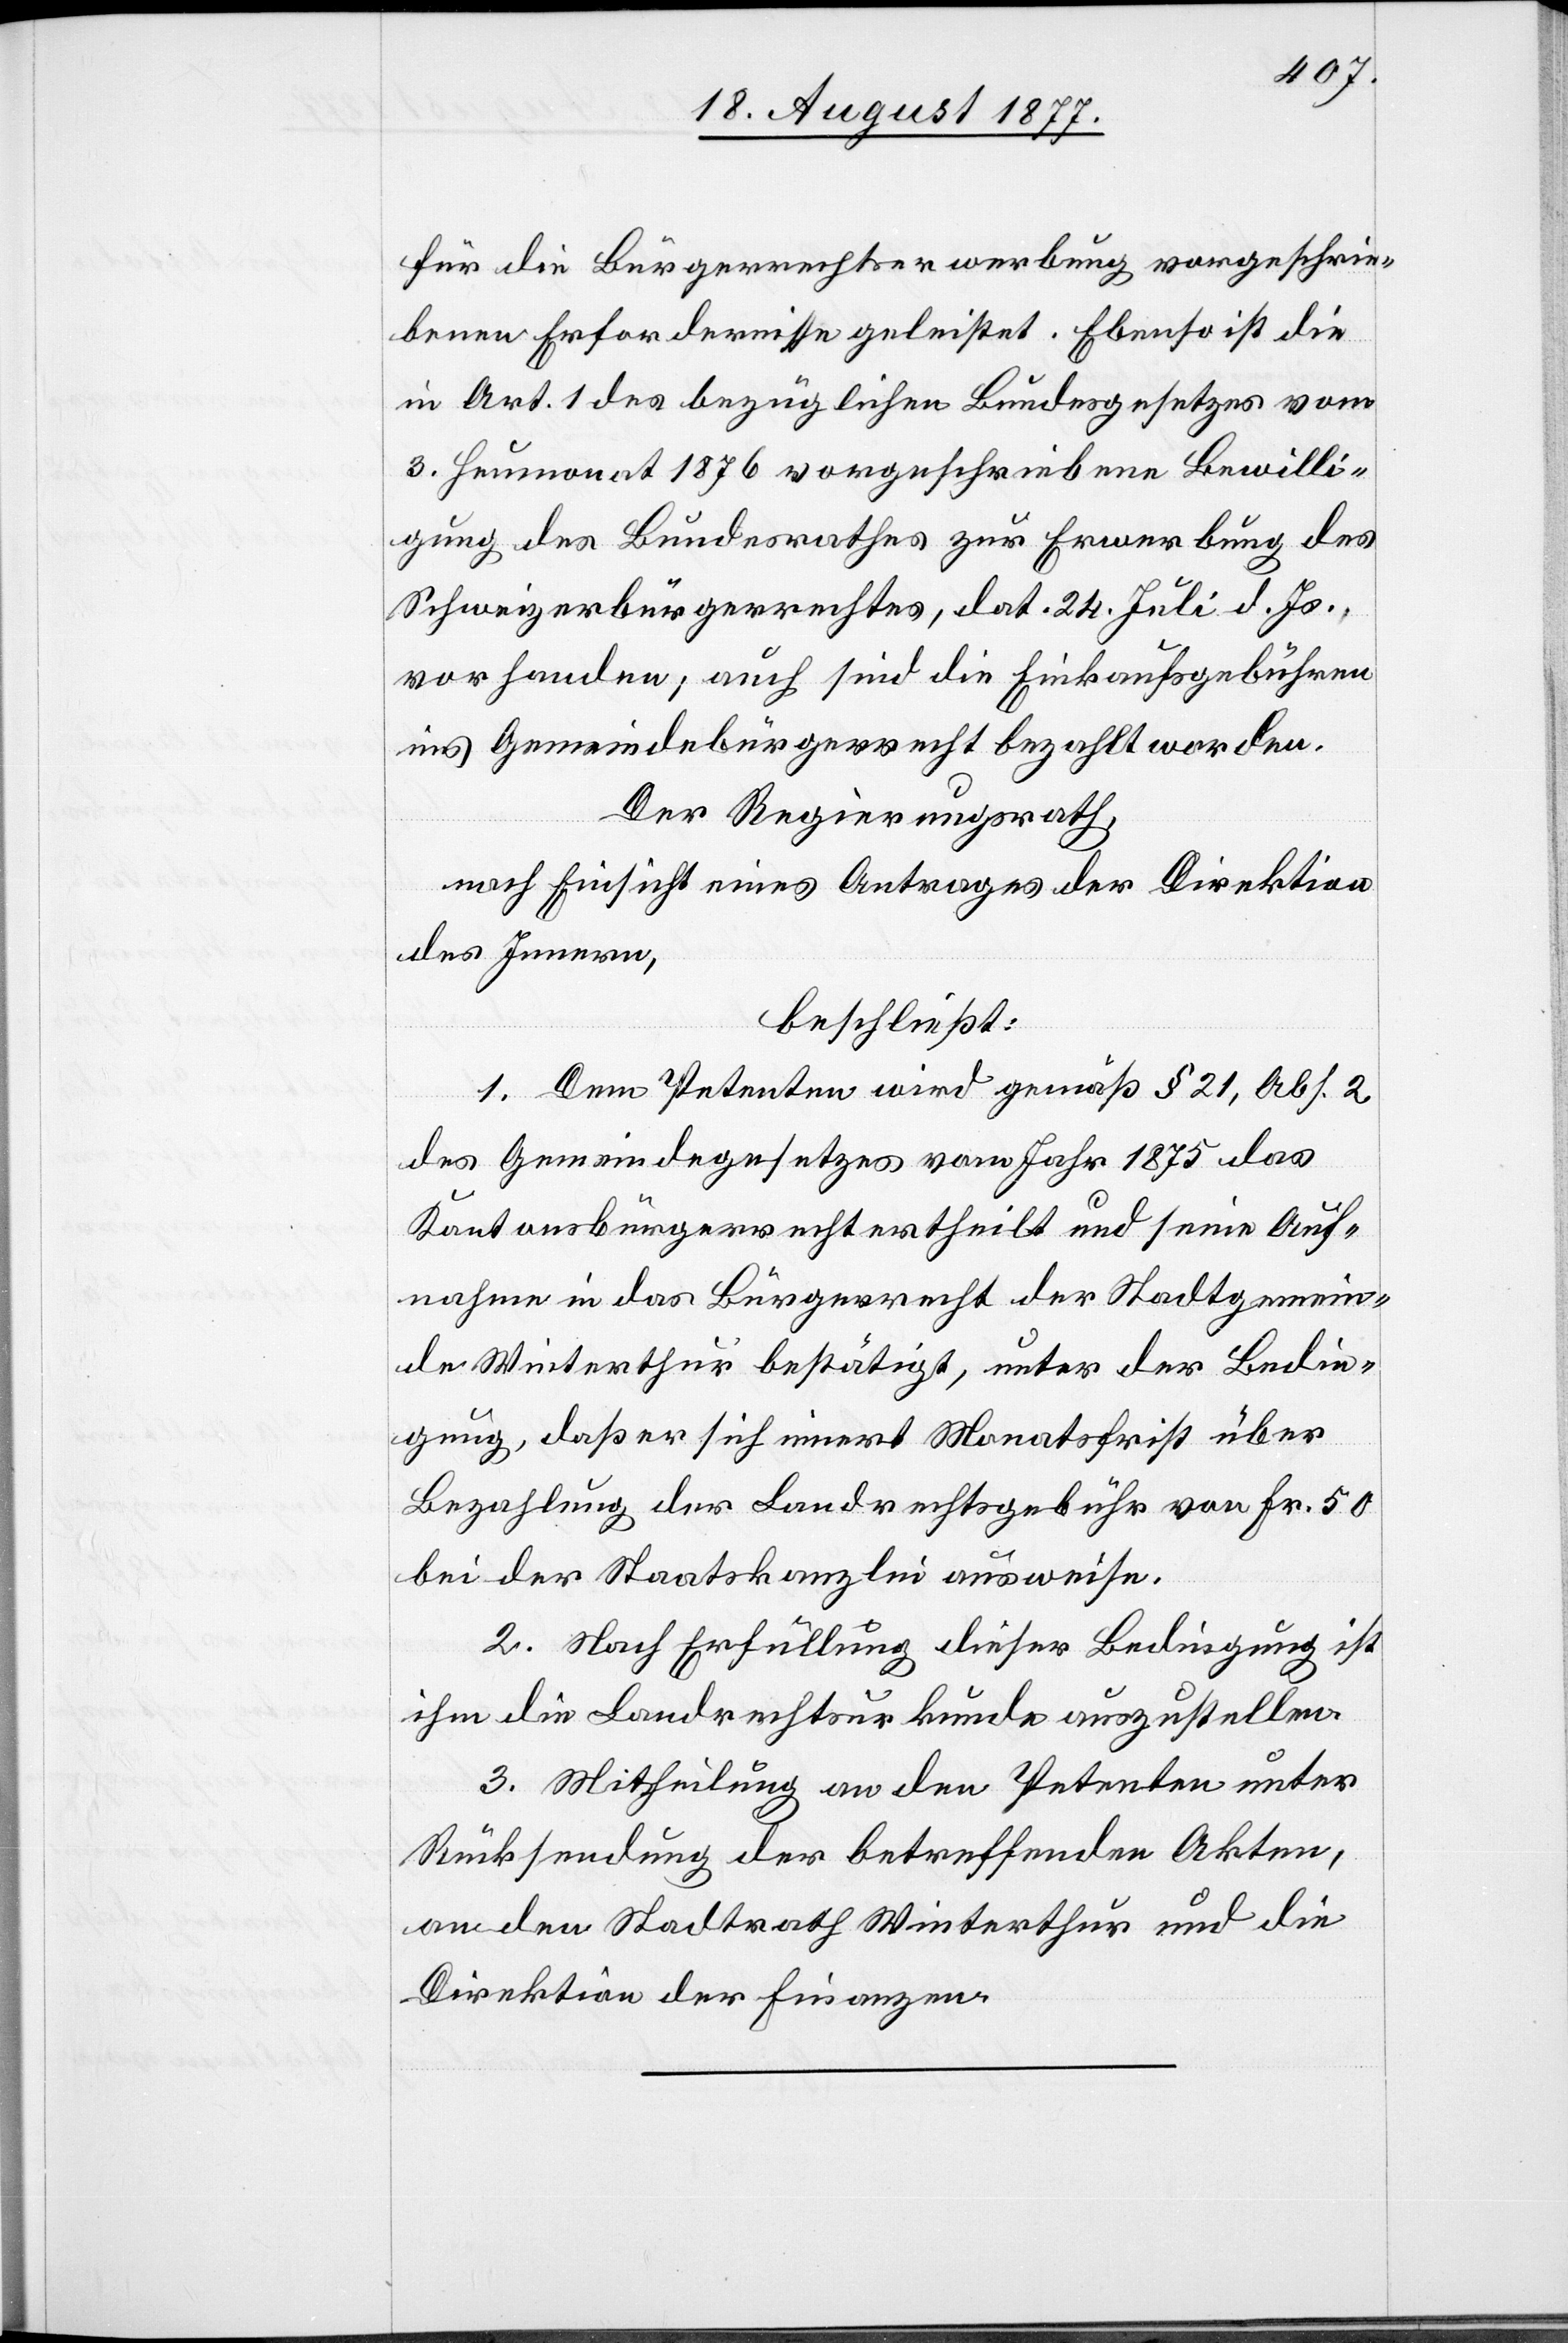
für die Bürgerrechtserwerbung vorgeschrie¬
benen Erfordernisse geleistet. Ebenso ist die
in Art. 1 des bezüglichen Bundesgesetzes vom
3. Heumonat 1876 vorgeschriebene Bewilli¬
gung des Bundesrathes zur Erwerbung des
Schweizerbürgerrechtes, dat. 24. Juli d. Js.,
vorhanden; auch sind die Einkaufsgebühren
ins Gemeindebürgerrecht bezahlt worden.
Der Regierungsrath,
nach Einsicht eines Antrages der Direktion
des Innern,
beschließt:
1. Dem Petenten wird gemäß § 21, Abs. 2
des Gemeindegesetzes vom Jahr 1875 das
Kantonsbürgerrecht ertheilt und seine Auf¬
nahme in das Bürgerrecht der Stadtgemein¬
de Winterthur bestätigt, unter der Bedin¬
gung, daß er sich innert Monatsfrist über
Bezahlung der Landrechtsgebühr von Fr. 50
bei der Staatskanzlei ausweise.
2. Nach Erfüllung dieser Bedingung ist
ihm die Landrechtsurkunde auszustellen.
3. Mit[t]heilung an den Petenten unter
Rücksendung der betreffenden Akten,
an den Stadtrath Winterthur und die
Direktion der Finanzen.